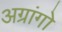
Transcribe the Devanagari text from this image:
अग्रांगो